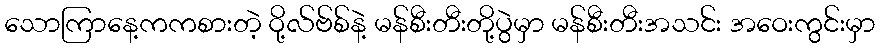
သောကြာနေ့ကကစားတဲ့ ဝို့လ်ဗ်စ်နဲ့ မန်စီးတီးတို့ပွဲမှာ မန်စီးတီးအသင်း အဝေးကွင်းမှာ